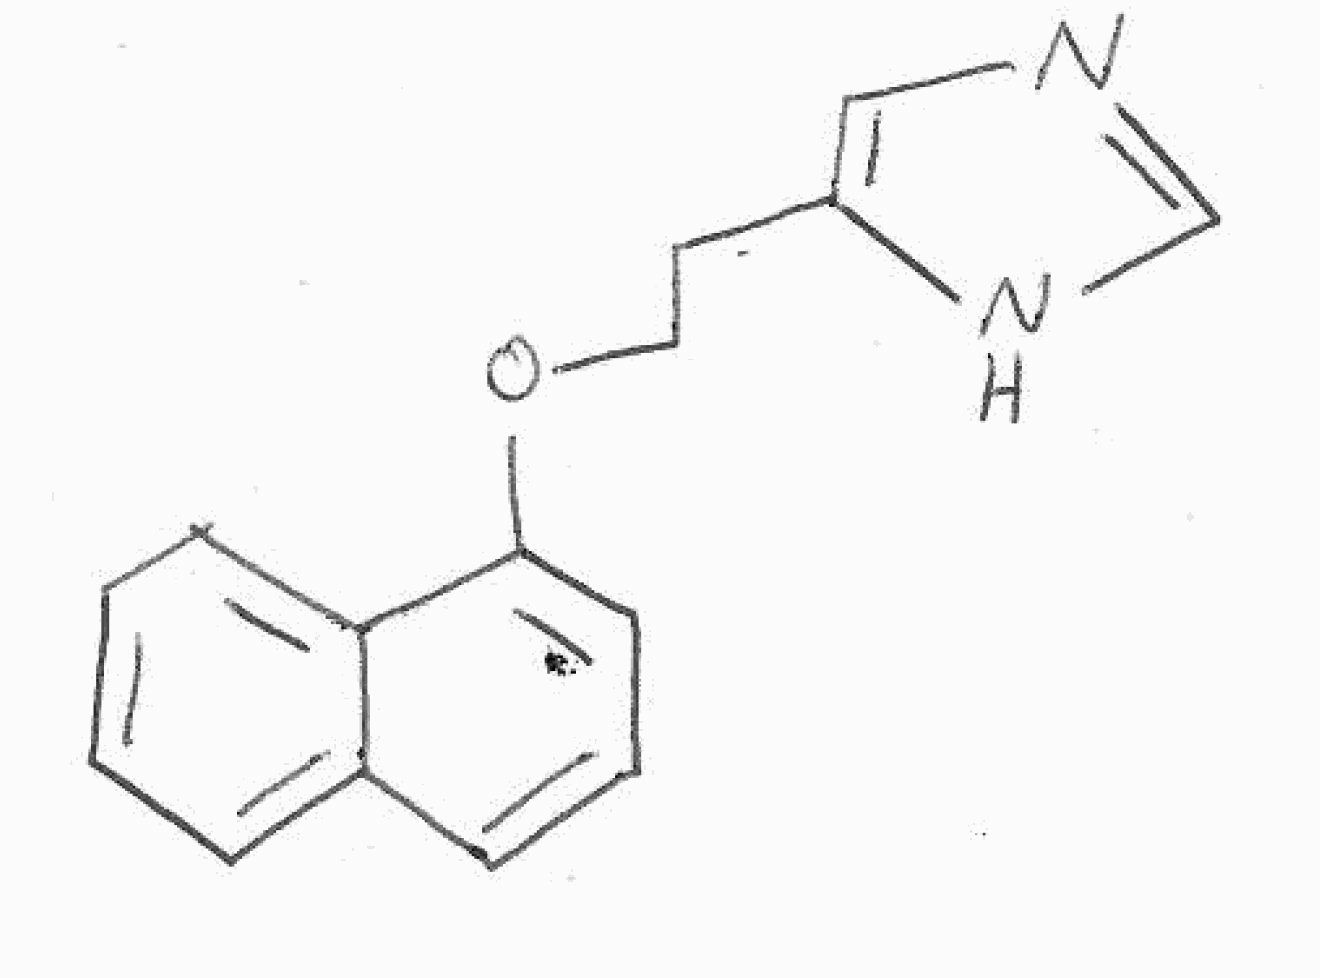
Simplified molecular-input line-entry system (SMILES) notation of the given molecule:
C1=CC=C2C(=C1)C=CC=C2OCCC3=CN=CN3